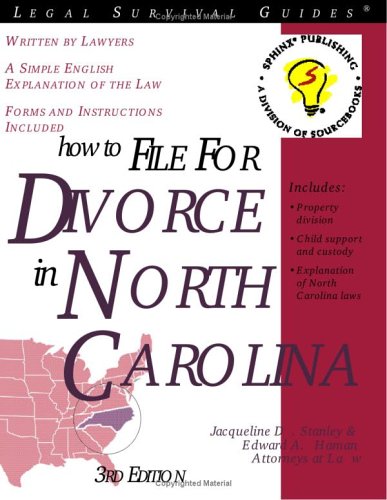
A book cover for How to File for Divorce in North Carolina: With Forms (Legal Survival Guides); Jacqueline D. Stanley; Law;